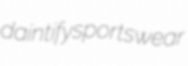
daintify sportswear